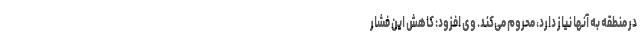
در منطقه به آنها نیاز دارد، محروم می‌کند. وی افزود: کاهش این فشار